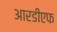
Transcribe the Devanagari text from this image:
आरडीएफ